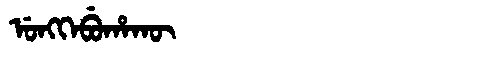
Manchu: ᡠᠩᡴᡝᠪᡠᡥᠠᡴᡡ
Romanization: UNGKEBUHAKŪ